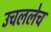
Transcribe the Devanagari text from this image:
उचललेच